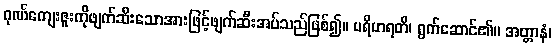
ဂုဏ်ကျေးဇူးကိုဖျက်ဆီးသောအားဖြင့်ဖျက်ဆီးအပ်သည်ဖြစ်၍။ ပရိဟရတိ၊ ရွက်ဆောင်၏။ အတ္တာနံ၊